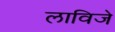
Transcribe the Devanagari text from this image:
लाविजे